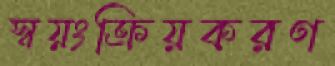
স্বয়ংক্রিয়করণ